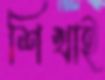
শিখাই